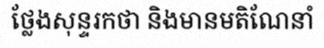
ថ្លែងសុន្ទរកថា និងមានមតិណែនាំ